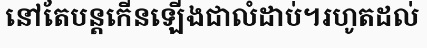
នៅតែបន្តកើនឡើងជាលំដាប់។រហូតដល់